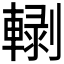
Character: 𰹡